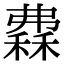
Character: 𥡀